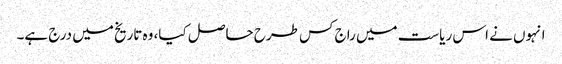
انہوں نے اس ریاست میں راج کس طرح حاصل کیا، وہ تاریخ میں درج ہے۔